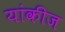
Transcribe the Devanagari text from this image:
यांकीज